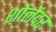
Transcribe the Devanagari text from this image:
शोलेंदर